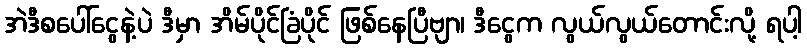
အဲဒီစပေါ်ငွေနဲ့ပဲ ဒီမှာ အိမ်ပိုင်ခြံပိုင် ဖြစ်နေပြီဗျာ၊ ဒီငွေက လွယ်လွယ်တောင်းလို့ ရပါ့